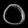
Digit: ၀